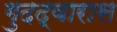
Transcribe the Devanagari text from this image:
गुदद्वारास